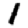
Digit: 1